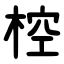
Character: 椌